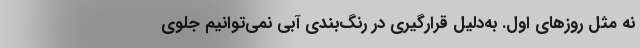
نه مثل روزهای اول. به‌دلیل قرارگیری در رنگ‌بندی آبی نمی‌توانیم جلوی